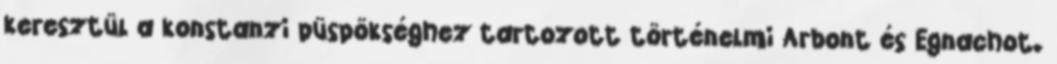
keresztül a konstanzi püspökséghez tartozott történelmi Arbont és Egnachot.